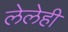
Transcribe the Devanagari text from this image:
लेलेही